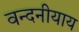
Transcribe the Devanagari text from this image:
वन्दनीयाय